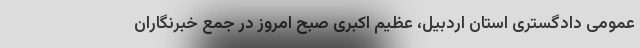
عمومی دادگستری استان اردبیل، عظیم اکبری صبح امروز در جمع خبرنگاران